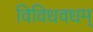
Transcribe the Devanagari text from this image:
विविधवधम्